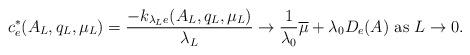
LaTeX: \begin{align*} c^*_e(A_L,q_L,\mu_L)=\frac{- k_{\lambda_L e}(A_L,q_L,\mu_L)}{\lambda_L}\rightarrow \frac{1}{\lambda_0} \overline{\mu}+\lambda_0 D_e(A) \ \hbox{as} \ L\rightarrow 0.\end{align*}